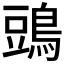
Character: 𪁞